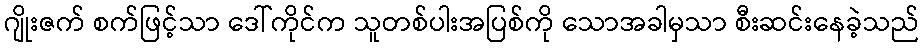
ဂျိုးဇက် စက်ဖြင့်သာ ဒေါ်ကိုင်က သူတစ်ပါးအပြစ်ကို သောအခါမှသာ စီးဆင်းနေခဲ့သည်